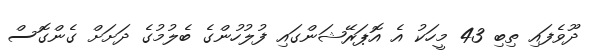
ދޫވެފައި ތިބި 43 މީހަކު އެ އޮޕަރޭޝަންގައި ފުލުހުންގެ ބެލުމުގެ ދަށަށް ގެންގޮސް